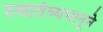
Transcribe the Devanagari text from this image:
स्वातंत्र्यभानूने